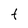
Character: t